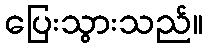
ပြေးသွားသည်။